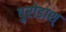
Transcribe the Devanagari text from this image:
पुरोडाश्